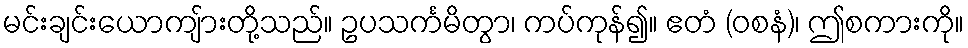
မင်းချင်းယောကျ်ားတို့သည်။ ဥပသင်္ကမိတွာ၊ ကပ်ကုန်၍။ ဧတံ (ဝစနံ)၊ ဤစကားကို။